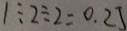
1 \div 2 \div 2 = 0 . 2 5